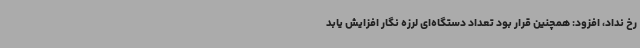
رخ نداد، افزود: همچنین قرار بود تعداد دستگاه‌ای لرزه نگار افزایش یابد